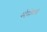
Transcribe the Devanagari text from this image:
सीमेनन